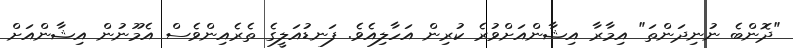
"ދޮންބެ ނުނިދަންތަ" އިމާރާ އިޝާންއަށްވުރެ ކުރިން އަހާލިއެވެ. ފަނޑުއަލީގެ ތެރެއިންވެސް އެމޫނުން އިޝާންއަށް